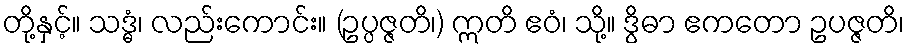
တို့နှင့်။ သဒ္ဓံ၊ လည်းကောင်း။ (ဥပ္ပဇ္ဇတိ၊) ဣတိ ဧဝံ၊ သို့။ ဒွိဓာ ဧကတော ဥပဇ္ဇတိ၊